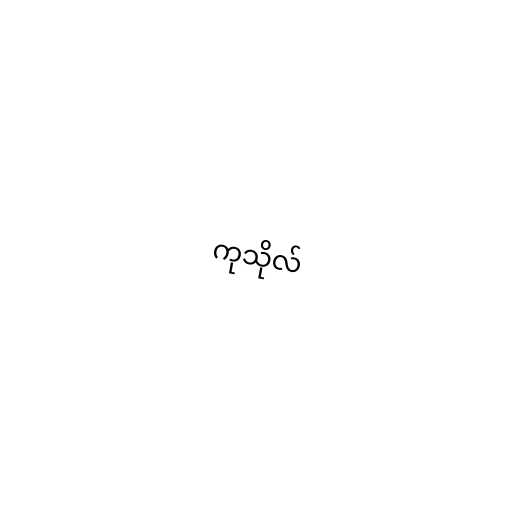
ကုသိုလ်